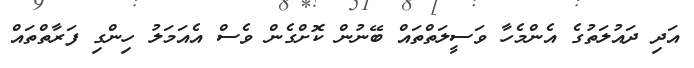
އަދި ދައުލަތުގެ އެންމެހާ ވަސީލަތްތައް ބޭނުން ކޮށްގެން ވެސް އެއަމަލު ހިންގި ފަރާތްތައް